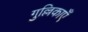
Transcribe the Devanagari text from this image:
गुल्लिकाएँ